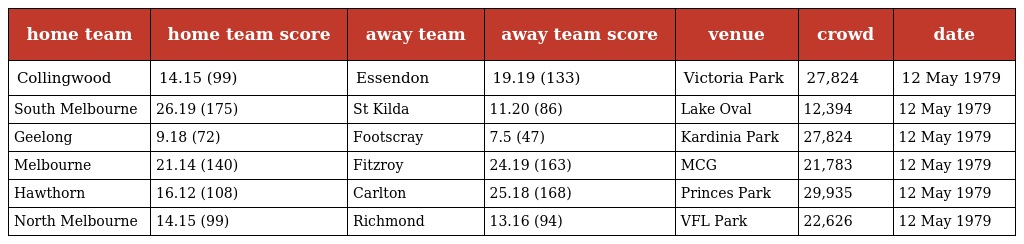
| home team | home team score | away team | away team score | venue | crowd | date |
 | --- | --- | --- | --- | --- | --- | --- |
 | Collingwood | 14.15 (99) | Essendon | 19.19 (133) | Victoria Park | 27,824 | 12 May 1979 |
 | South Melbourne | 26.19 (175) | St Kilda | 11.20 (86) | Lake Oval | 12,394 | 12 May 1979 |
 | Geelong | 9.18 (72) | Footscray | 7.5 (47) | Kardinia Park | 27,824 | 12 May 1979 |
 | Melbourne | 21.14 (140) | Fitzroy | 24.19 (163) | MCG | 21,783 | 12 May 1979 |
 | Hawthorn | 16.12 (108) | Carlton | 25.18 (168) | Princes Park | 29,935 | 12 May 1979 |
 | North Melbourne | 14.15 (99) | Richmond | 13.16 (94) | VFL Park | 22,626 | 12 May 1979 |